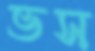
ভস